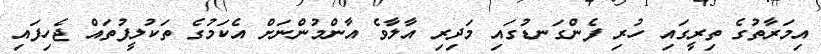
އިމަރާތުގެ ތިރީގައި ހުރި ފެންގަނޑުގައި މަދިރި އާލާވެ އާންމުންނަށް އެކަމުގެ ތަކުލީފުތައް ޖެހިފައި